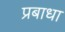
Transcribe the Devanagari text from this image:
प्रबाधा